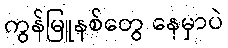
ကွန်မြူနစ်တွေ နေမှာပဲ